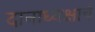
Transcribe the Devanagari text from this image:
दानाध्यक्षाचे